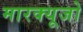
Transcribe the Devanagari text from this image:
मारक्यूजो